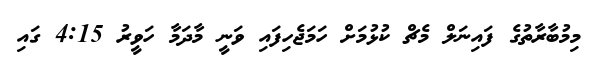
މިމުބާރާތުގެ ފައިނަލް މެޗް ކުޅުމަށް ހަމަޖެހިފައި ވަނީ މާދަމާ ހަވީރު 4:15 ގައި